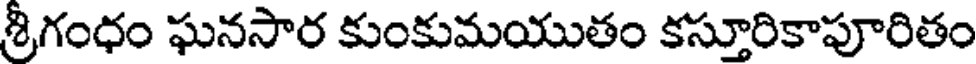
శ్రీగంధం ఘనసార కుంకుమయుతం కస్తూరికాపూరితం